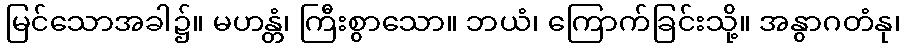
မြင်သောအခါ၌။ မဟန္တံ၊ ကြီးစွာသော။ ဘယံ၊ ကြောက်ခြင်းသို့။ အနွာဂတံနု၊